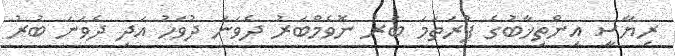
ރިޔާސީ އިންތިޚާބުގެ ފުރަތަމަ ބުރު ނޮވެމްބަރު ދެވަނަ ދުވަހު އަދި ދެވަނަ ބުރު